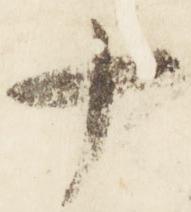
十